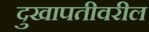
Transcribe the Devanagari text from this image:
दुखापतीवरील